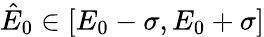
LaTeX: \hat{E}_{0}\in[E_{0}-\sigma,E_{0}+\sigma]